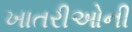
ખાતરીઓની